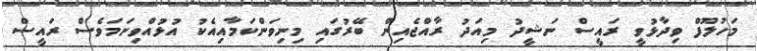
މަހުލޫފް ވިދާޅުވީ ރައީސް ނަޝީދު މިއަދު ރާއްޖެއިން ބޭރުގައި މިނިވަންކަމާއިއެކު އުޅުއްވިނަމަވެސް ރައީސް